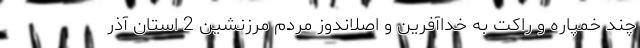
چند خمپاره و راکت به خداآفرین و اصلاندوز مردم مرزنشین 2 استان آذر